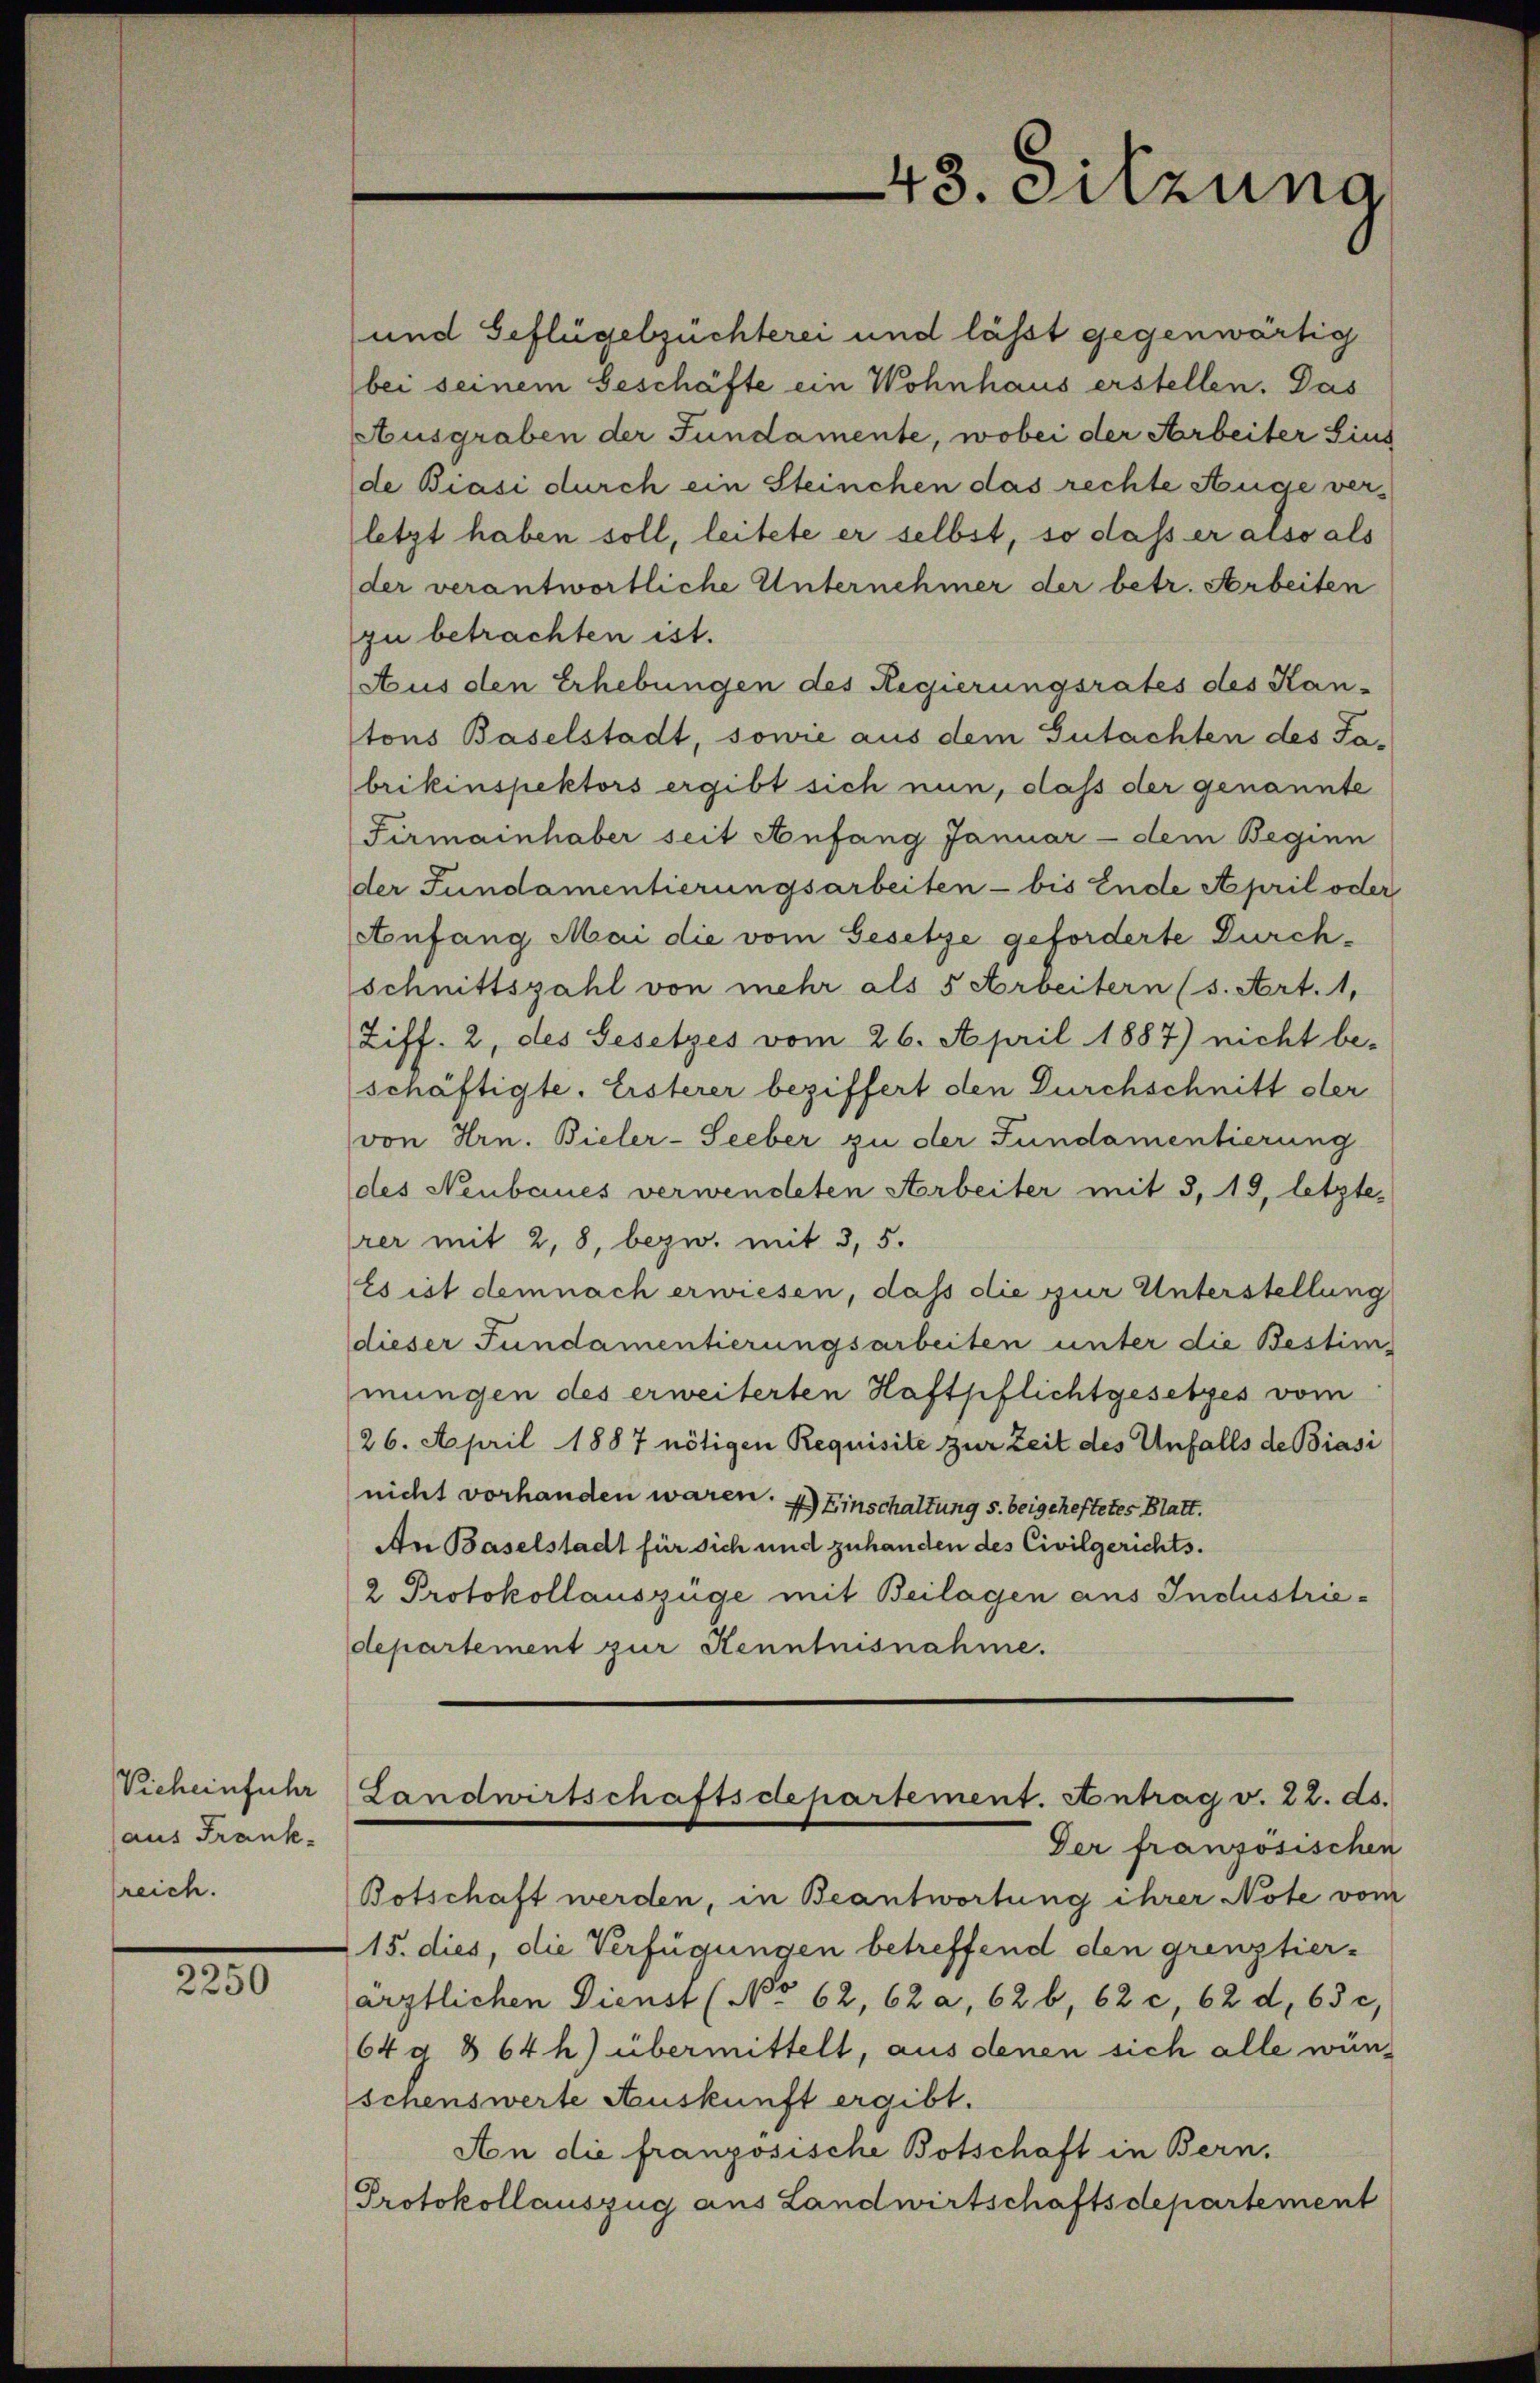
Vicheinführ
(aus Frank.
reich.

2250

und Geflügelsüchterei und lässt gegenwärtig
bei seinem Geschäfte ein Wohnhaus erstellen. Das
Ausgraben der Fundamente, wobei der Arbeiter Sins
de Biasi durch ein Steinchen das rechte Auge verletzt haben soll, leitete er selbst, so dass er also als
der verantwortliche Unternehmer der betr. Arbeiten
zu betrachten ist.
Aus den Erhebungen des Regierungsrates des Kan-
tons Baselstadt, sowie aus dem Gutachten des Tabrikinspektors ergibt sich nun, daß der genannte
Firmainhaber seit Anfang Januar - dem Beginn
der Fundamentierungsarbeiten - bis Ende April oder
Anfang Mai die vom Gesetze geforderte Durchschnittszahl von mehr als 5 Arbeitern (s. Art. 1,
Ziff. 2, des Gesetzes vom 26. April 1887) nicht be-
schäftigte. Eisterer beziffert den Durchschnitt der
von Hrn. Bieler-Seeber zu der Fundamentierung
des Neubaues verwendeten Arbeiter mit 3, 19, letzte,
rer mit 2, 8, bezw. mit 3, 5.
Es ist demnach erwiesen, daß die zur Unterstellung
dieser Fundamentierungsarbeiten unter die Bestim-
mungen des erweiterten Haftpflichtgesetzes vom
26. April 1887 nötigen Requisite zur Zeit des Unfalls de Brasi
nicht vorhanden waren. 4) Einschaltung s. beigeheftetes Blatt.
An Baselstadt für sich und zuhanden des Civilgerichts-
2 Protokollauszüge mit Beilagen aus Industriedepartement zur Kenntnisnahme.

Der französischen
Botschaft werden, in Beantwortung ihrer Note vom
15. dies, die Verfügungen betreffend den grenztierärztlichen Dienst (No 62, 62 a, 62 b, 62 c, 62 d. 63 c,
64g 864 h) übermittelt, aus denen sich alle wünschenswerte Auskunft ergibt.
An die französische Botschaft in Bern,
Protokollauszug aus Landwirtschaftsdepartement

43. Sitzung

Landwirtschaftsdepartement. Antrag v. 22. ds.